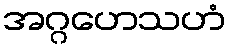
အဂ္ဂဟေသဟံ